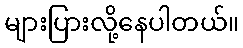
များပြားလို့နေပါတယ်။